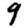
Digit: 9